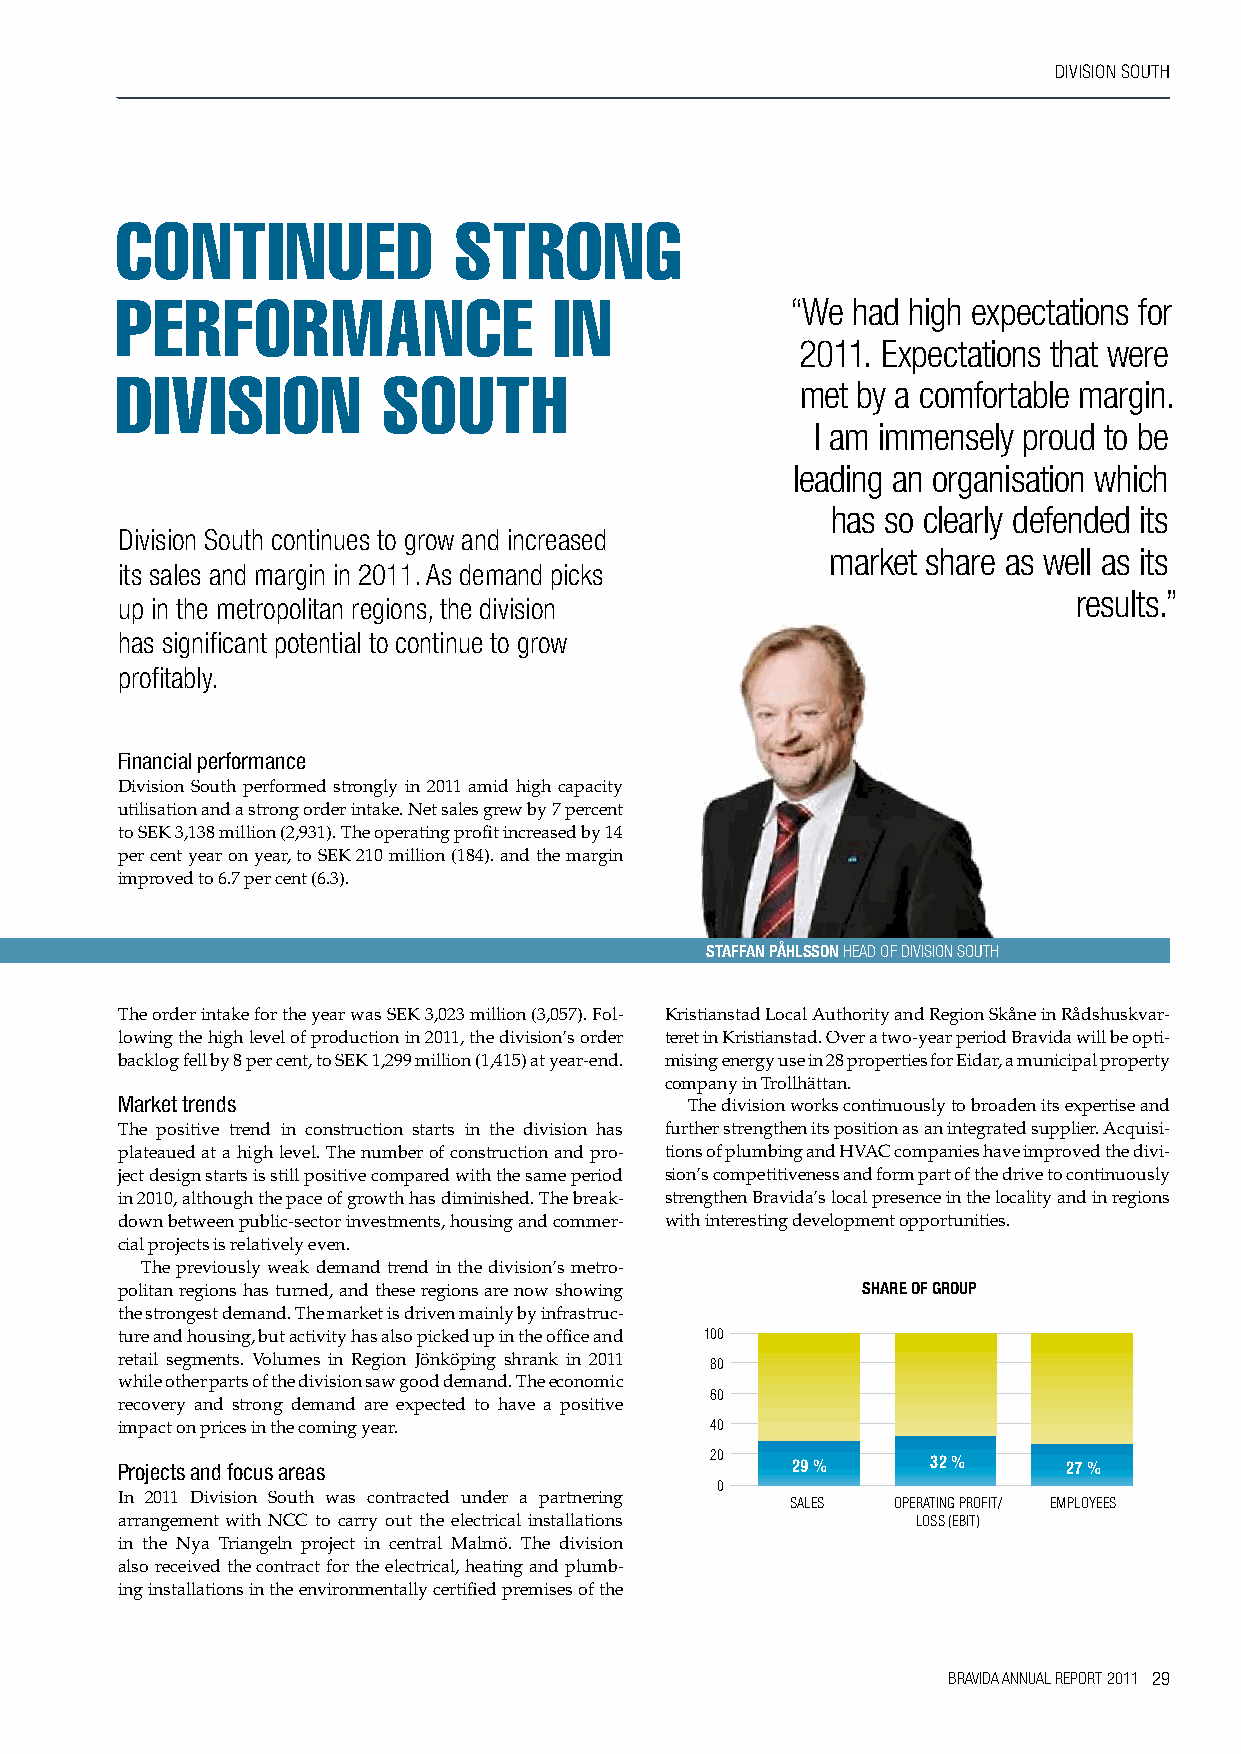
DIvISION SOUTh
 continued             strong
 performance                  in             “We had high expectations for
 2011. Expectations that were
 division         soutH                       met by a comfortable margin.
 I am immensely proud to be
 leading an organisation which
 has so clearly defended its
 Division South continues to grow and increased
 market share as well as its
 its sales and margin in 2011. As demand picks
 results.”
 up in the metropolitan regions, the division
 has significant potential to continue to grow
 profitably.
 Financial performance
 Division South performed strongly in 2011 amid high capacity
 utilisation and a strong order intake. Net sales grew by 7 percent
 to SEK 3,138 million (2,931). The operating profit increased by 14
 per cent year on year, to SEK 210 million (184). and the margin
 improved to 6.7 per cent (6.3).
 stAffAn pÅhLsson hEAD OF DIvISION SOUTh
 The order intake for the year was SEK 3,023 million (3,057). Fol- Kristianstad Local Authority and Region Skåne in Rådshuskvar-
 lowing the high level of production in 2011, the division’s order teret in Kristianstad. Over a two-year period Bravida will be opti-
 backlog fell by 8 per cent, to SEK 1,299 million (1,415) at year-end. mising energy use in 28 properties for Eidar, a municipal property
 company in Trollhättan.
 Market trends                        The division works continuously to broaden its expertise and
 The positive trend in construction starts in the division has further strengthen its position as an integrated supplier. Acquisi-
 plateaued at a high level. The number of construction and pro- tions of plumbing and HVAC companies have improved the divi-
 ject design starts is still positive compared with the same period sion’s competitiveness and form part of the drive to continuously
 in 2010, although the pace of growth has diminished. The break- strengthen Bravida’s local presence in the locality and in regions
 down between public-sector investments, housing and commer- with interesting development opportunities.
 cial projects is relatively even.
 The previously weak demand trend in the division’s metro-
 politan regions has turned, and these regions are now showing shARe of gRoup
 the strongest demand. The market is driven mainly by infrastruc-
 ture and housing, but activity has also picked up in the office and 100
 retail segments. Volumes in Region Jönköping shrank in 2011
 80
 while other parts of the division saw good demand. The economic
 60
 recovery and strong demand are expected to have a positive
 impact on prices in the coming year.   40
 Projects and focus areas               20   29 %      32 %     27 %
 0
 In 2011 Division South was contracted under a partnering
 SALES  OPERATING PROFIT/ EMPLOYEES
 arrangement with NCC to carry out the electrical installations LOSS (EBIT)
 in the Nya Triangeln project in central Malmö. The division
 also received the contract for the electrical, heating and plumb-
 ing installations in the environmentally certified premises of the
 BRAVIDA ANNUAL REPORT 2011 29